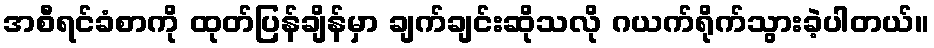
အစီရင်ခံစာကို ထုတ်ပြန်ချိန်မှာ ချက်ချင်းဆိုသလို ဂယက်ရိုက်သွားခဲ့ပါတယ်။